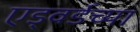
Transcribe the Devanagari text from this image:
एड्वर्डच्या